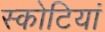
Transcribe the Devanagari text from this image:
स्कोटियां